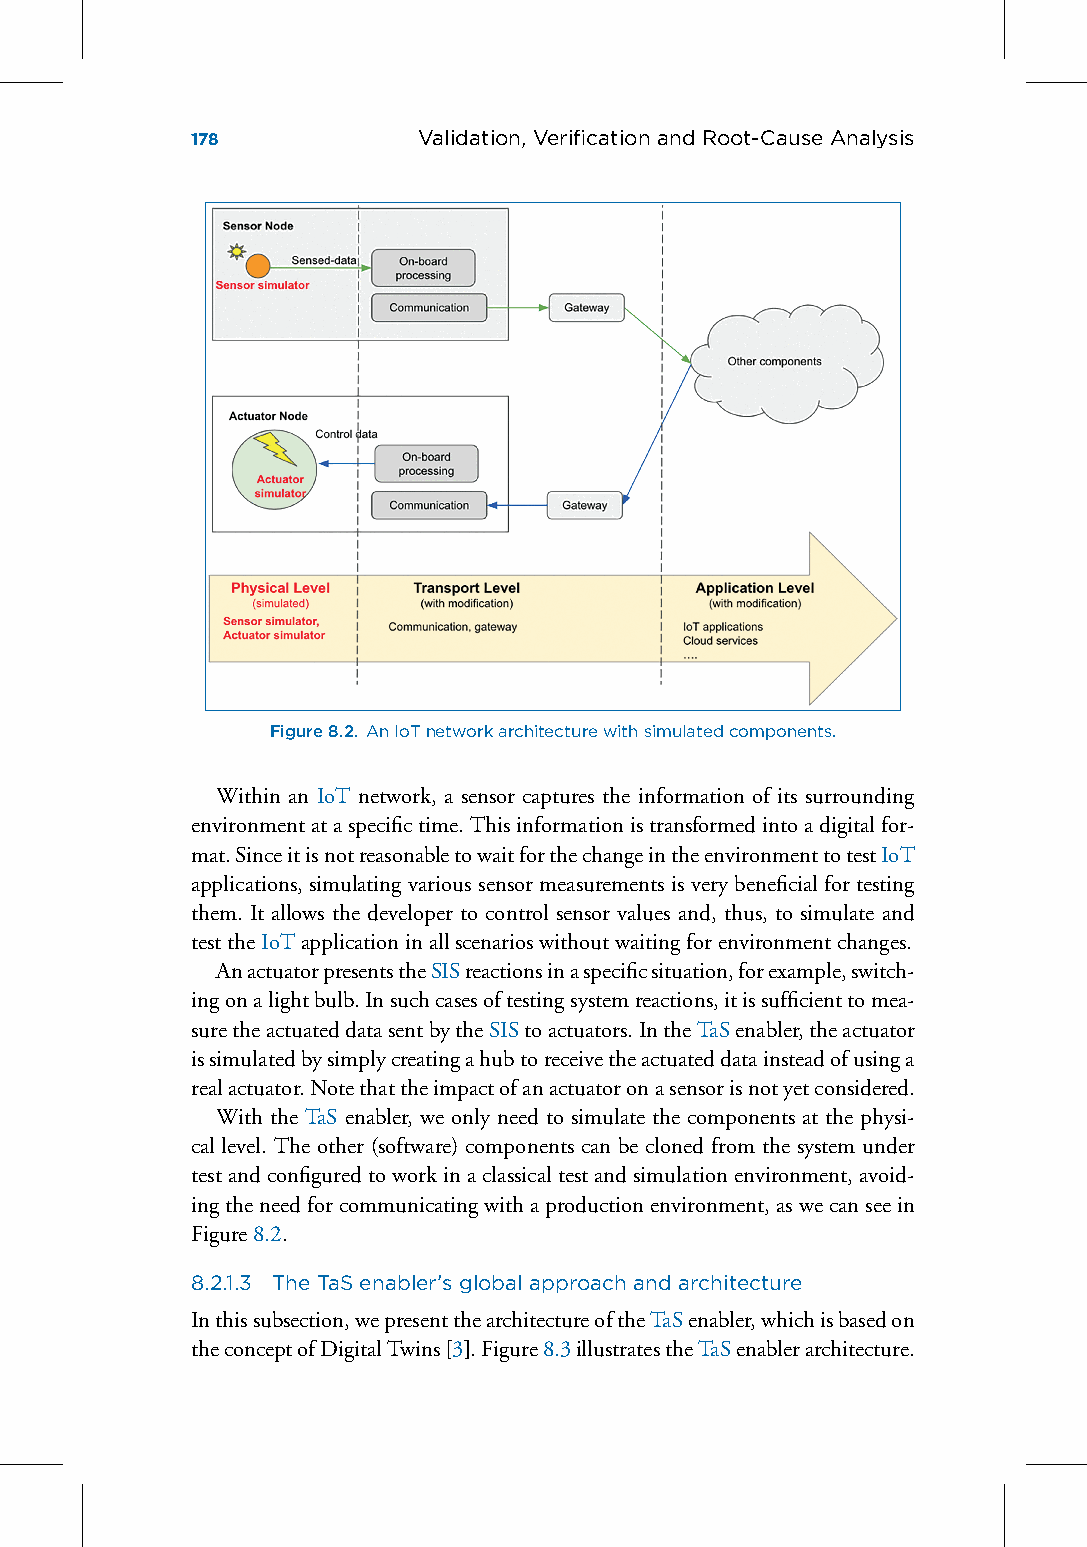
178            Validation, VerificationandRoot-CauseAnalysis
 Figure8.2. AnIoTnetworkarchitecturewithsimulatedcomponents.
 Within an IoT network, a sensor captures the information of its surrounding
 environmentataspecifictime.Thisinformationistransformedintoadigitalfor-
 mat.SinceitisnotreasonabletowaitforthechangeintheenvironmenttotestIoT
 applications, simulating various sensor measurements is very beneficial for testing
 them. It allows the developer to control sensor values and, thus, to simulate and
 testtheIoTapplicationinallscenarioswithoutwaitingforenvironmentchanges.
 AnactuatorpresentstheSISreactionsinaspecificsituation,forexample,switch-
 ingonalightbulb.Insuchcasesoftestingsystemreactions,itissufficienttomea-
 suretheactuateddatasentbytheSIStoactuators.IntheTaSenabler,theactuator
 issimulatedbysimplycreatingahubtoreceivetheactuateddatainsteadofusinga
 realactuator.Notethattheimpactofanactuatoronasensorisnotyetconsidered.
 With the TaS enabler, we only need to simulate the components at the physi-
 cal level. The other (software) components can be cloned from the system under
 testandconfiguredtoworkinaclassicaltestandsimulationenvironment,avoid-
 ingtheneedforcommunicatingwithaproductionenvironment,aswecanseein
 Figure8.2.
 8.2.1.3 TheTaSenabler’sglobalapproachandarchitecture
 Inthissubsection,wepresentthearchitectureoftheTaSenabler,whichisbasedon
 theconceptofDigitalTwins[3].Figure8.3illustratestheTaSenablerarchitecture.